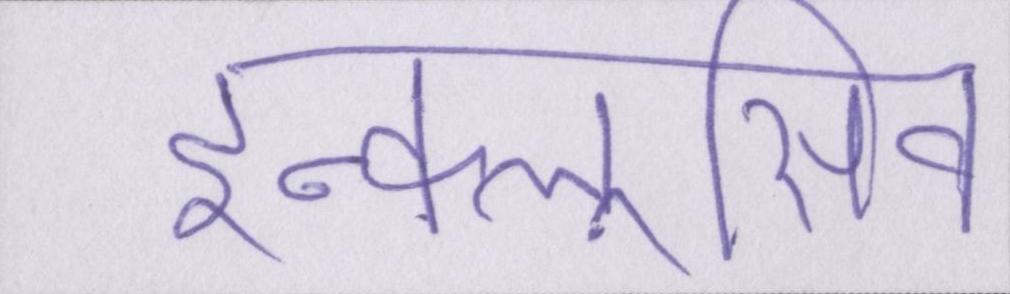
इन्क्लूसिव